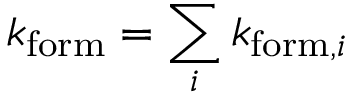
k _ { \mathrm { f o r m } } = \sum _ { i } k _ { \mathrm { f o r m } , i }